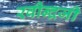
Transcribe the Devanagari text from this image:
रवीन्द्रजी